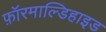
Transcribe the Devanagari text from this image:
फ़ॉरमाल्डिहाइड